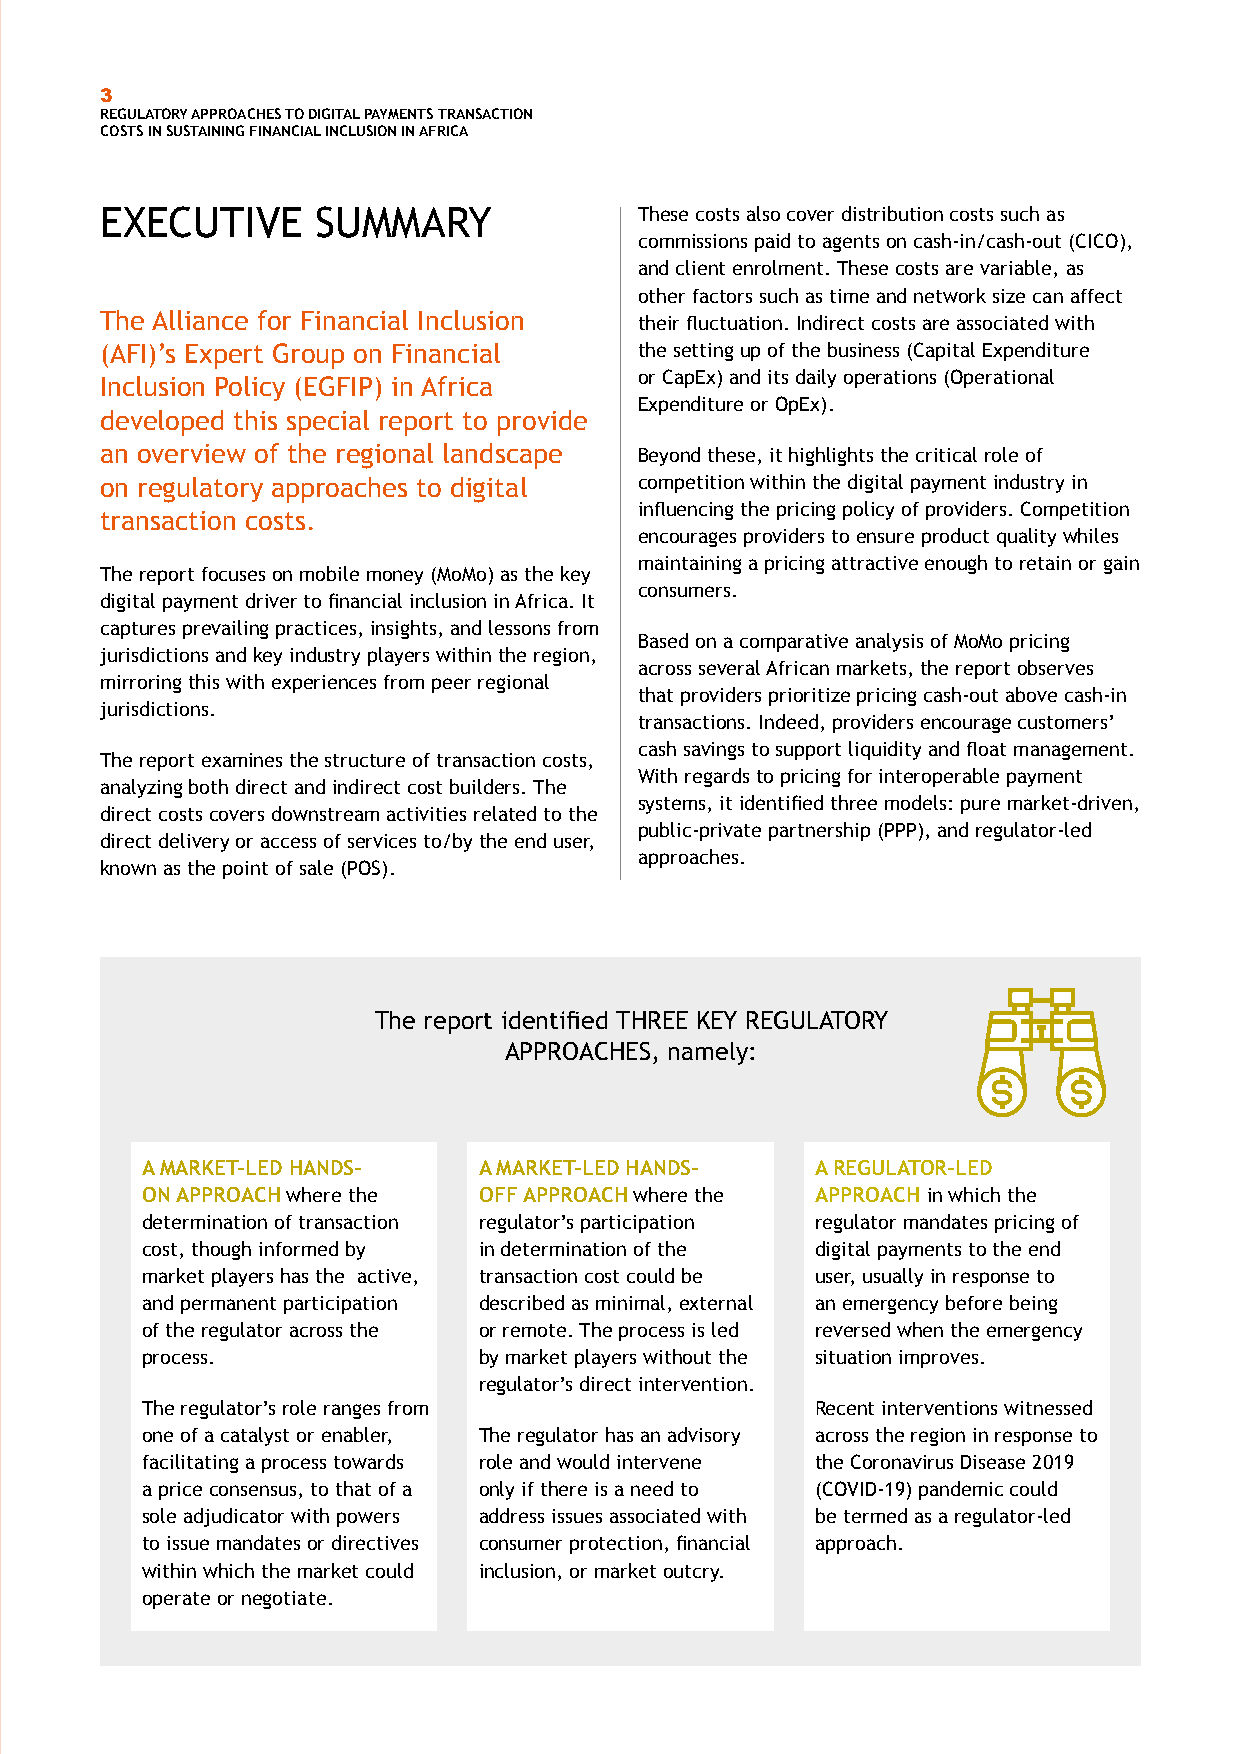
3
 REGULATORY APPROACHES TO DIGITAL PAYMENTS TRANSACTION
 COSTS IN SUSTAINING FINANCIAL INCLUSION IN AFRICA
 EXECUTIVE     SUMMARY              These costs also cover distribution costs such as
 commissions paid to agents on cash-in/cash-out (CICO),
 and client enrolment. These costs are variable, as
 other factors such as time and network size can affect
 The Alliance for Financial Inclusion their fluctuation. Indirect costs are associated with
 (AFI)’s Expert Group on Financial  the setting up of the business (Capital Expenditure
 or CapEx) and its daily operations (Operational
 Inclusion Policy (EGFIP) in Africa
 Expenditure or OpEx).
 developed this special report to provide
 an overview of the regional landscape Beyond these, it highlights the critical role of
 on regulatory approaches to digital competition within the digital payment industry in
 influencing the pricing policy of providers. Competition
 transaction costs.
 encourages providers to ensure product quality whiles
 maintaining a pricing attractive enough to retain or gain
 The report focuses on mobile money (MoMo) as the key
 consumers.
 digital payment driver to financial inclusion in Africa. It
 captures prevailing practices, insights, and lessons from
 Based on a comparative analysis of MoMo pricing
 jurisdictions and key industry players within the region,
 across several African markets, the report observes
 mirroring this with experiences from peer regional
 that providers prioritize pricing cash-out above cash-in
 jurisdictions.
 transactions. Indeed, providers encourage customers’
 cash savings to support liquidity and float management.
 The report examines the structure of transaction costs,
 With regards to pricing for interoperable payment
 analyzing both direct and indirect cost builders. The
 systems, it identified three models: pure market-driven,
 direct costs covers downstream activities related to the
 public-private partnership (PPP), and regulator-led
 direct delivery or access of services to/by the end user,
 approaches.
 known as the point of sale (POS).
 The report identified THREE KEY REGULATORY
 APPROACHES, namely:
 A MARKET-LED HANDS-    A MARKET-LED HANDS-   A REGULATOR-LED
 ON APPROACH where the  OFF APPROACH where the APPROACH in which the
 determination of transaction regulator’s participation regulator mandates pricing of
 cost, though informed by in determination of the digital payments to the end
 market players has the active, transaction cost could be user, usually in response to
 and permanent participation described as minimal, external an emergency before being
 of the regulator across the or remote. The process is led reversed when the emergency
 process.               by market players without the situation improves.
 regulator’s direct intervention.
 The regulator’s role ranges from             Recent interventions witnessed
 one of a catalyst or enabler, The regulator has an advisory across the region in response to
 facilitating a process towards role and would intervene the Coronavirus Disease 2019
 a price consensus, to that of a only if there is a need to (COVID-19) pandemic could
 sole adjudicator with powers address issues associated with be termed as a regulator-led
 to issue mandates or directives consumer protection, financial approach.
 within which the market could inclusion, or market outcry.
 operate or negotiate.